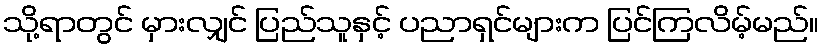
သို့ရာတွင် မှားလျှင် ပြည်သူနှင့် ပညာရှင်များက ပြင်ကြလိမ့်မည်။